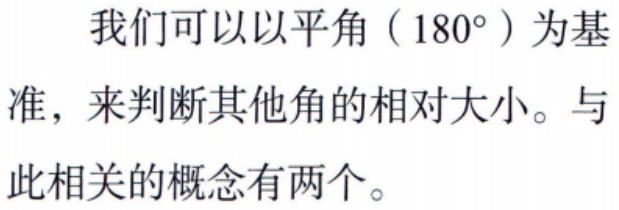
我们可以以平角（$180^{\circ}$）为基准，来判断其他角的相对大小。与此相关的概念有两个。